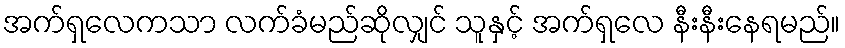
အက်ရှလေကသာ လက်ခံမည်ဆိုလျှင် သူနှင့် အက်ရှလေ နီးနီးနေရမည်။